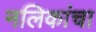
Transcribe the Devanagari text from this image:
नलिकांचा